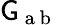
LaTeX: \mathsf{G}_{\mathrm{{~a~b~}}}